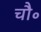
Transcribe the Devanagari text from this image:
चौ॰